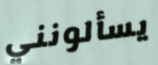
يسألونني